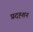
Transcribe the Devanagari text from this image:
प्रदह्शन